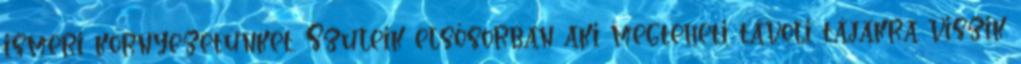
ismeri környezetünket. Szüleik elsősorban aki megteheti távoli tájakra viszik